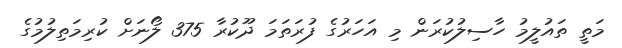
މަތީ ތައުލީމު ހާސިލުކުރަން މި އަހަރުގެ ފުރަތަމަ ދޫކުރާ 375 ލޯނަށް ކުރިމަތިލުމުގެ